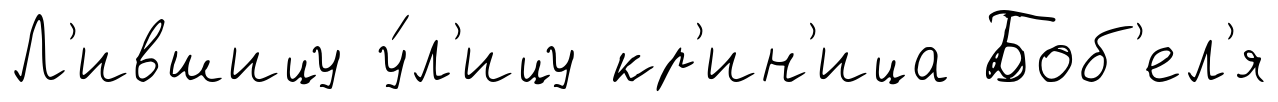
Л'ившицу у́л'ицу кр'ин'ица Боб'ел'я